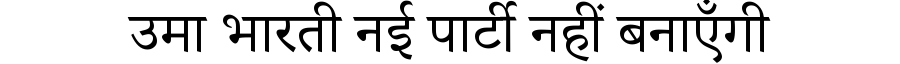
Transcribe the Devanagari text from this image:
उमा भारती नई पार्टी नहीं बनाएँगी